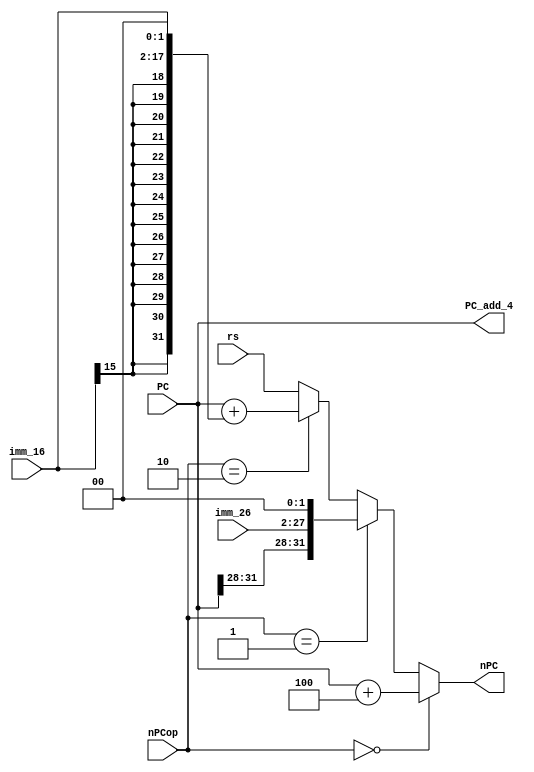
module nPC (rs,imm_26,imm_16,PC,nPCop,nPC,PC_add_4);
    input [31:0]  rs;
    input [25:0]  imm_26 ;
    input [15:0]  imm_16 ;
    input [31:0]  PC;
    input  [1:0]  nPCop;          
    output [31:0] nPC;                //output to IM
    output [31:0] PC_add_4;          //output to $31
                                     //zero and IFbeq are transmitted to Controller to effect nPCop
    
    assign PC_add_4 = PC;             // it's diffrent from single-cycle cpu
    
    assign nPC = (nPCop == 2'b00)?(PC+'h4):
                 (nPCop == 2'b01)?{PC[31:28],imm_26,2'b00}:
                 (nPCop == 2'b10)?(PC+{{14{imm_16[15]}},imm_16,2'b00}):
                 rs; 
endmodule